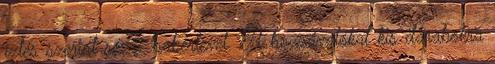
ízlés szerint só, 2 babérlevél. A hozzávalókat kis darabokra